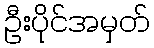
ဦးပိုင်အမှတ်